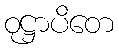
ဝုဋ္ဌာပိတေ